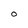
Character: O